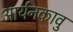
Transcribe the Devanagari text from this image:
आर्यनकावु